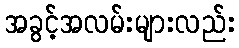
အခွင့်အလမ်းများလည်း